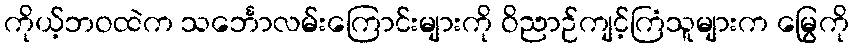
ကိုယ့်ဘဝထဲက သင်္ဘောလမ်းကြောင်းများကို ဝိညာဉ်ကျင့်ကြံသူများက မြွေကို